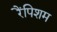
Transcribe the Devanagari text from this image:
रैंपिशम